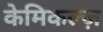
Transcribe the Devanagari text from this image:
केमिकल्ज़